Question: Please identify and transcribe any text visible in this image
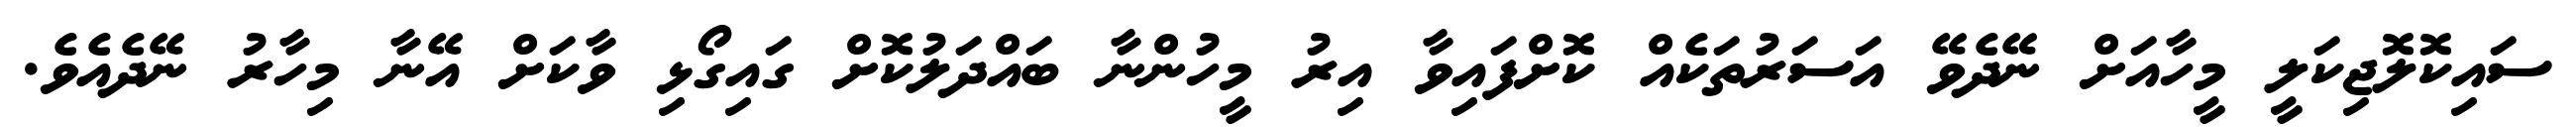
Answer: ސައިކޮލޮޖިކަލީ މީހާއަށް ނޭދެވޭ އަސަރުތަކެއް ކޮށްފައިވާ އިރު މީހުންނާ ބައްދަލުކޮށް ގައިގޯޅި ވާކަށް އޭނާ މިހާރު ނޭދެއެވެ.